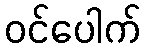
ဝင်ပေါက်